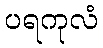
ပရကုလံ